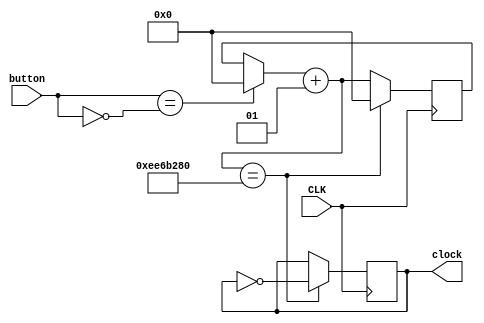
module clk (CLK, button, clock);

input  CLK;
input  button;
output reg clock = 1'b0;
integer i = 0;

always @(posedge CLK)
begin
	if( button == ~button )
	begin
		i = 0;
	end	
	i = i+1;
	if( i == 250000000)
	begin
		i = 0;
		clock = ~clock;
	end
end

endmodule